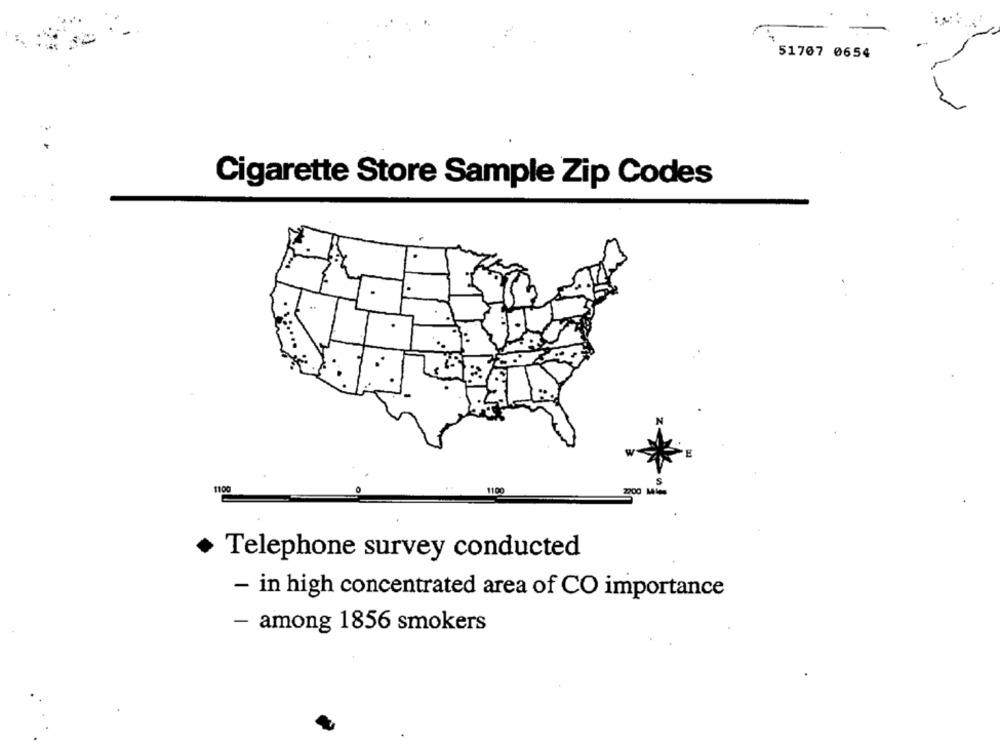
51707 0654
Cigarette Store Sample Zip Codes
1100
2200
Telephone survey conducted
- in high concentrated area of CO importance
- among 1856 smokers